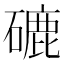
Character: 䃙